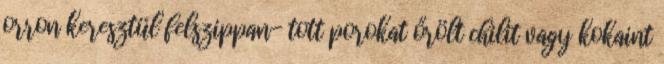
orron keresztül felszippan- tott porokat őrölt chilit vagy kokaint